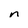
Character: n